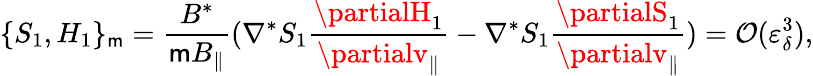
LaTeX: \{ S_{1},H_{1}\} _{\mathsf{m}}=\frac{{B^{*}}}{{\mathsf{m}B_{\parallel}}}(\nabla^{*}S_{1}\frac{{\partialH_{1}}}{{\partialv_{\parallel}}}-\nabla^{*}S_{1}\frac{{\partialS_{1}}}{{\partialv_{\parallel}}})=\mathcal{{O}}(\varepsilon_{\delta}^{3}),